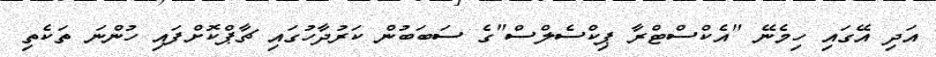
އަދި އޭގައި ހިމެނޭ "އެކްސްޓްރާ ޕިކްސެލްސް"ގެ ސަބަބުން ކަރުދާހުގައި ޗާޕްކޮށްފައި ހުންނަ ތަކެތި